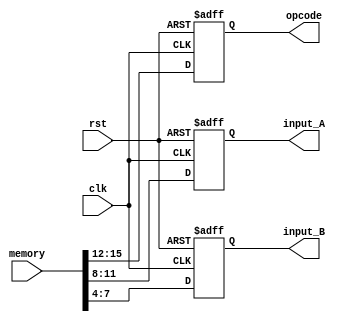
module cpu_memory(
	input      clk,
	input      rst,
  input      [15:0] memory,  // 16bit Menory
  output reg [3:0]  opcode,  //  4bit opcode
  output reg [3:0]  input_A, //  4bit input_A
  output reg [3:0]  input_B  //  4bit input_B
);

always @(posedge clk, negedge rst) begin
  if (!rst) begin             // Memory Reset
		opcode  <= 4'b0;
		input_A <= 4'b0;
		input_B <= 4'b0;
	end

	else begin                  // Memory   
		opcode  <= memory[15:12];
		input_A <= memory[11:8];
		input_B <= memory[7:4];
	end
end

endmodule